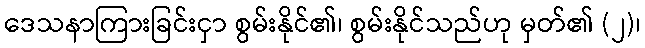
ဒေသနာကြားခြင်းငှာ စွမ်းနိုင်၏၊ စွမ်းနိုင်သည်ဟု မှတ်၏ (၂)၊